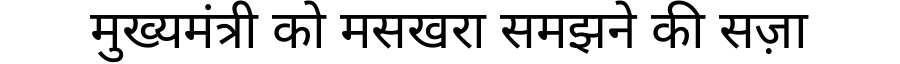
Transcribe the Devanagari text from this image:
मुख्यमंत्री को मसखरा समझने की सज़ा